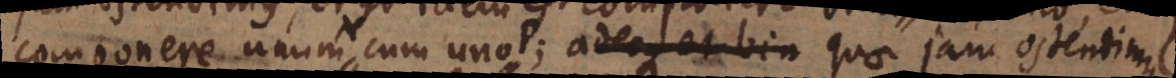
componere unum cum uno; quae jam ostendimus